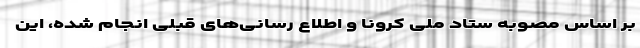
بر اساس مصوبه ستاد ملی کرونا و اطلاع رسانی‌های قبلی انجام شده، این